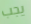
يجب